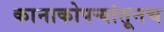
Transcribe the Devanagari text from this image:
कानाकोपऱ्यांतूनच